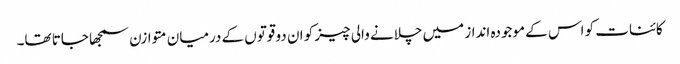
کائنات کو اس کے موجودہ انداز میں چلانے والی چیز کو ان دو قوتوں کے درمیان متوازن سمجھا جاتا تھا۔